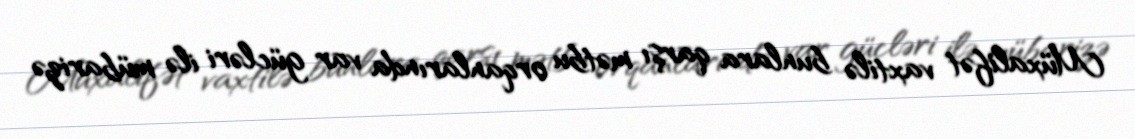
Müxalifət vaxtilə bunlara qarşı mətbu orqanlarında var gücləri ilə mübarizə